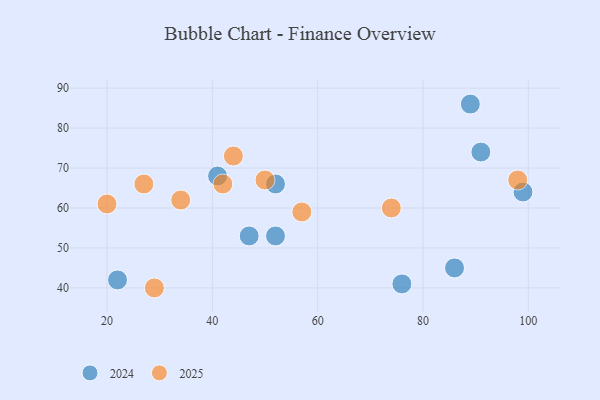
{"axis": {"x": "GDP", "y": "Life Expectancy"}, "legend": ["2024", "2025"], "data": [{"x": "20", "y": 61, "type": "2025"}, {"x": "34", "y": 62, "type": "2025"}, {"x": "27", "y": 66, "type": "2025"}, {"x": "50", "y": 67, "type": "2025"}, {"x": "29", "y": 40, "type": "2025"}, {"x": "74", "y": 60, "type": "2025"}, {"x": "98", "y": 67, "type": "2025"}, {"x": "57", "y": 59, "type": "2025"}, {"x": "44", "y": 73, "type": "2025"}, {"x": "42", "y": 66, "type": "2025"}, {"x": "89", "y": 86, "type": "2024"}, {"x": "41", "y": 68, "type": "2024"}, {"x": "91", "y": 74, "type": "2024"}, {"x": "86", "y": 45, "type": "2024"}, {"x": "47", "y": 53, "type": "2024"}, {"x": "22", "y": 42, "type": "2024"}, {"x": "52", "y": 53, "type": "2024"}, {"x": "99", "y": 64, "type": "2024"}, {"x": "52", "y": 66, "type": "2024"}, {"x": "76", "y": 41, "type": "2024"}]}